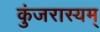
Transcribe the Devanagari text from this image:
कुंजरास्यम्